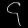
Digit: ၄